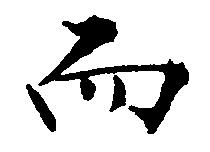
而